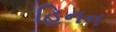
હિનન